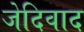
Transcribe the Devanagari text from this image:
जेदिवाद